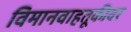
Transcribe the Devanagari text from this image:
विमानवाहतूकीवर